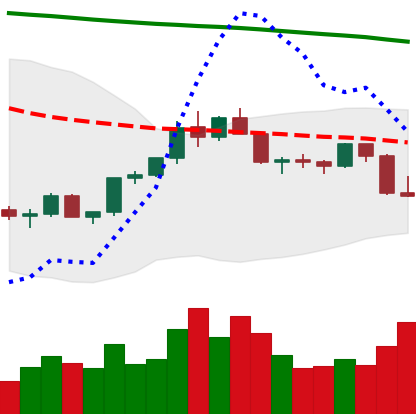
Ticker: LTC-USD
Chart end date: 2022-02-18
Forward return: -8.013%
Label: down_7plus